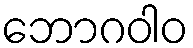
ဘောဂဝါဝ